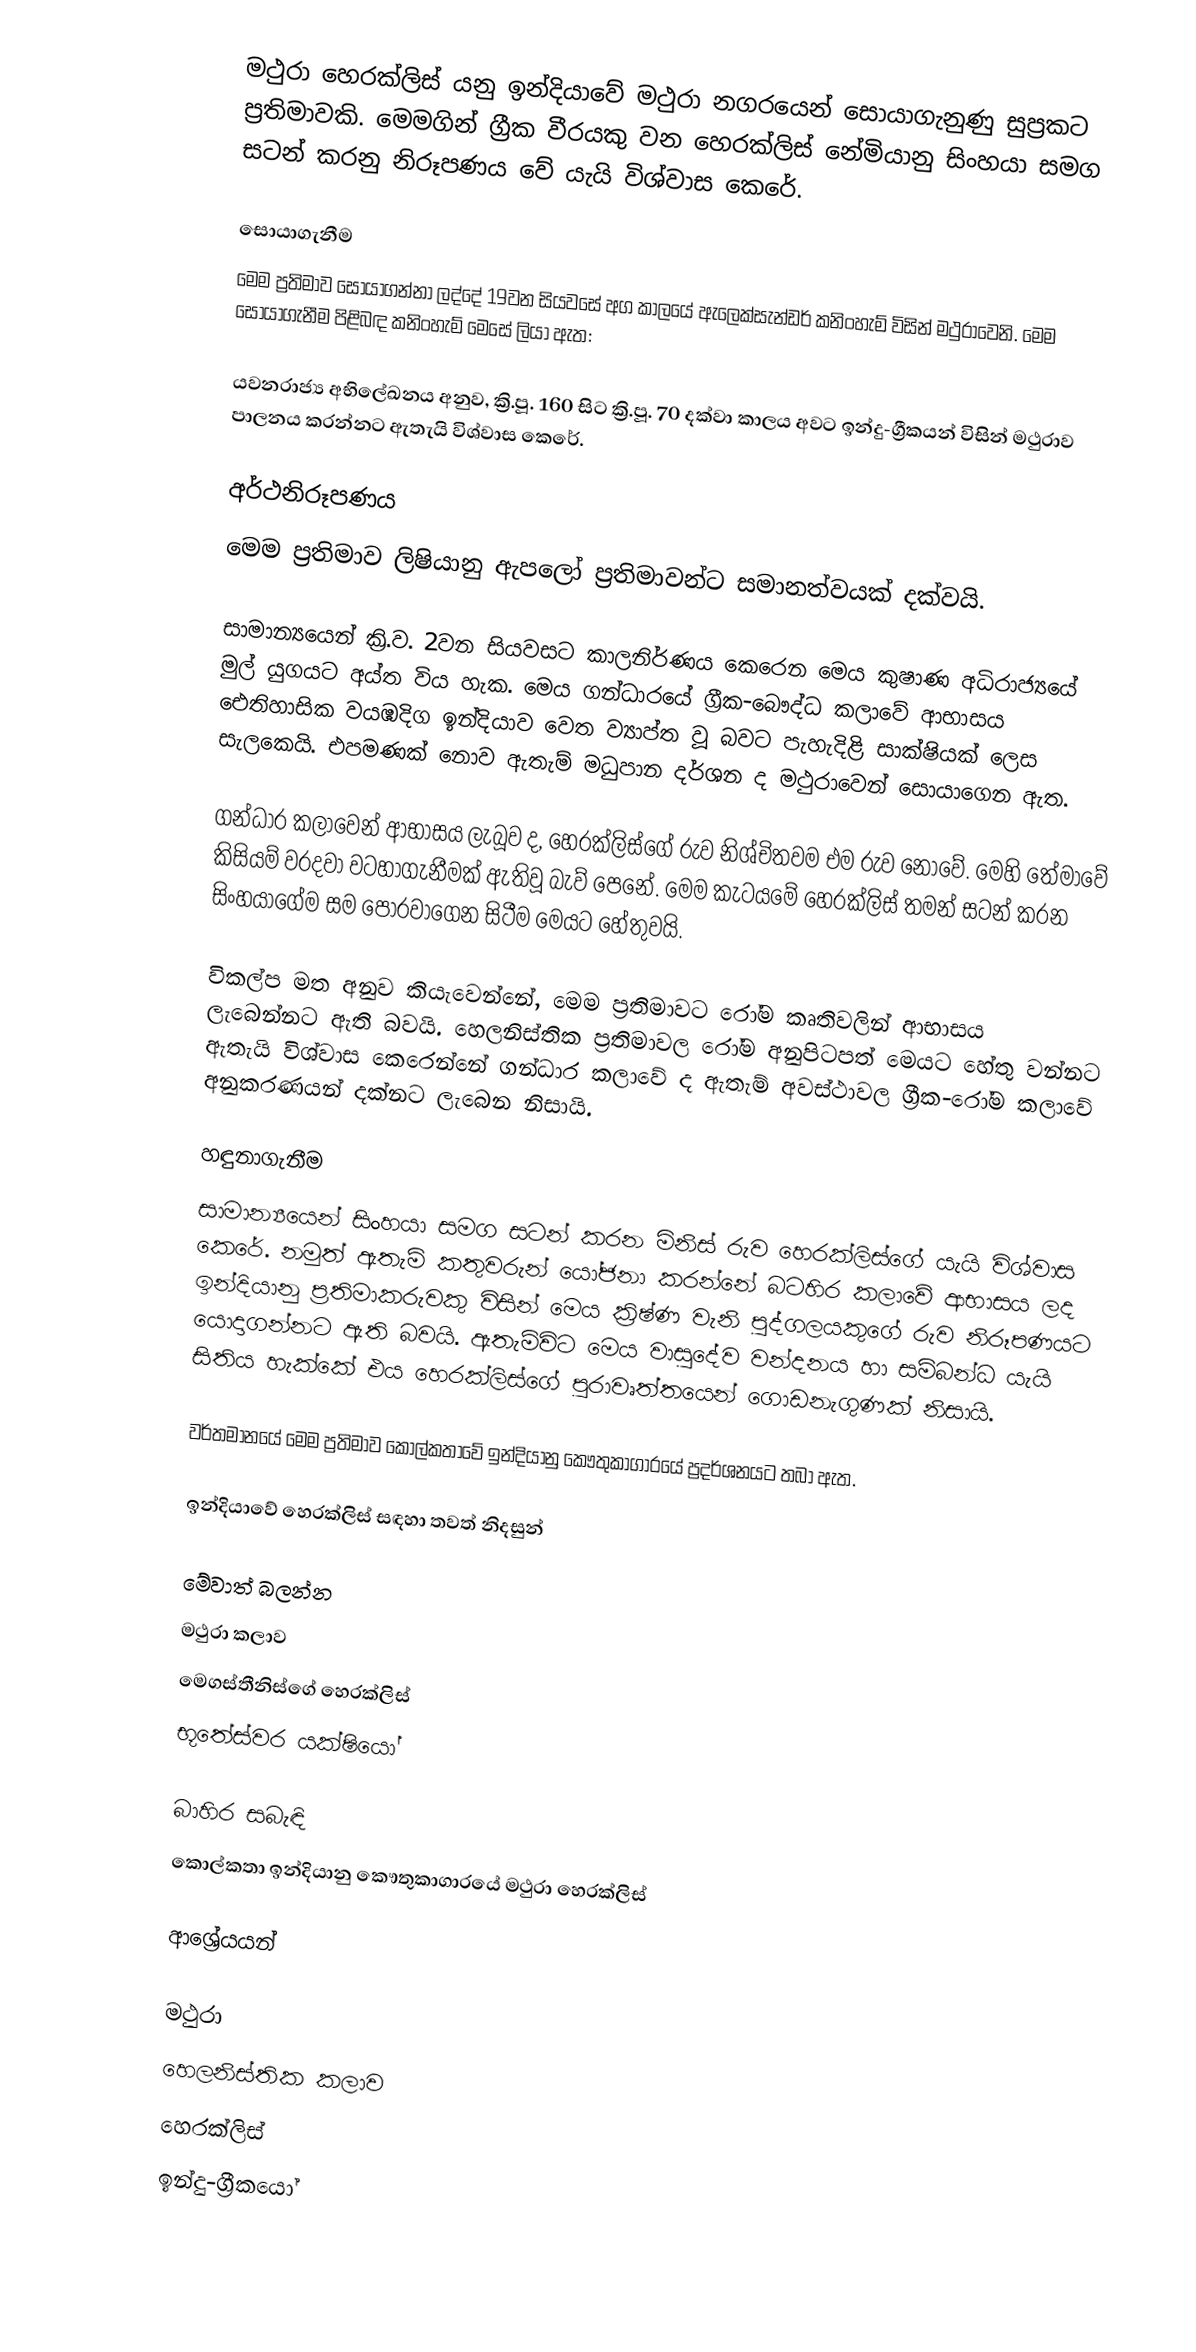
මථුරා හෙරක්ලිස් යනු ඉන්දියාවේ මථුරා නගරයෙන් සොයාගැනුණු සුප්‍රකට ප්‍රතිමාවකි. මෙමගින් ග්‍රීක වීරයකු වන හෙරක්ලිස් නේමියානු සිංහයා සමග සටන් කරනු නිරූපණය වේ යැයි විශ්වාස කෙරේ.

සොයාගැනීම
මෙම ප්‍රතිමාව සොයාගන්නා ලද්දේ 19වන සියවසේ අග කාලයේ ඇලෙක්සැන්ඩර් කනිංහැම් විසින් මථුරාවෙනි. මෙම සොයාගැනීම පිළිබඳ කනිංහැම් මෙසේ ලියා ඇත:

යවනරාජ්‍ය අභිලේඛනය අනුව, ක්‍රි.පූ. 160 සිට ක්‍රි.පූ. 70 දක්වා කාලය අවට ඉන්දු-ග්‍රීකයන් විසින් මථුරාව පාලනය කරන්නට ඇතැයි විශ්වාස කෙරේ.

අර්ථනිරූපණය
මෙම ප්‍රතිමාව ලිෂියානු ඇපලෝ ප්‍රතිමාවන්ට සමානත්වයක් දක්වයි.

සාමාන්‍යයෙන් ක්‍රි.ව. 2වන සියවසට කාලනිර්ණය කෙරෙන මෙය කුෂාණ අධිරාජ්‍යයේ මුල් යුගයට අය්ත විය හැක. මෙය ගන්ධාරයේ ග්‍රීක-බෞද්ධ කලාවේ ආභාසය ඓතිහාසික වයඹදිග ඉන්දියාව වෙත ව්‍යාප්ත වූ බවට පැහැදිළි සාක්ෂියක් ලෙස සැලකෙයි. එපමණක් නොව ඇතැම් මධුපාන දර්ශන ද මථුරාවෙන් සොයාගෙන ඇත.

ගන්ධාර කලාවෙන් ආභාසය ලැබූව ද, හෙරක්ලිස්ගේ රුව නිශ්චිතවම එම රුව නොවේ. මෙහි තේමාවේ කිසියම් වරදවා වටහාගැනීමක් ඇතිවූ බැව් පෙනේ. මෙම කැටයමේ හෙරක්ලිස් තමන් සටන් කරන සිංහයාගේම සම පොරවාගෙන සිටීම මෙයට හේතුවයි.

විකල්ප මත අනුව කියැවෙන්නේ, මෙම ප්‍රතිමාවට රෝම කෘතිවලින් ආභාසය ලැබෙන්නට ඇති බවයි. හෙලනිස්තික ප්‍රතිමාවල රෝම අනුපිටපත් මෙයට හේතු වන්නට ඇතැයි විශ්වාස කෙරෙන්නේ ගන්ධාර කලාවේ ද ඇතැම් අවස්ථාවල ග්‍රීක-රෝම කලාවේ අනුකරණයන් දක්නට ලැබෙන නිසායි.

හඳුනාගැනීම
සාමාන්‍යයෙන් සිංහයා සමග සටන් කරන මිනිස් රුව හෙරක්ලිස්ගේ යැයි විශ්වාස කෙරේ. නමුත් ඇතැම් කතුවරුන් යෝජනා කරන්නේ බටහිර කලාවේ ආභාසය ලද ඉන්දියානු ප්‍රතිමාකරුවකු විසින් මෙය ක්‍රිෂ්ණ වැනි පුද්ගලයකුගේ රුව නිරූපණයට යොදාගන්නට ඇති බවයි. ඇතැම්විට මෙය වාසුදේව වන්දනය හා සම්බන්ධ යැයි සිතිය හැක්කේ එය හෙරක්ලිස්ගේ පුරාවෘත්තයෙන් ගොඩනැගුණක් නිසායි.

වර්තමානයේ මෙම ප්‍රතිමාව කොල්කතාවේ ඉන්දියානු කෞතුකාගාරයේ ප්‍රදර්ශනයට තබා ඇත.

ඉන්දියාවේ හෙරක්ලිස් සඳහා තවත් නිදසුන්

මේවාත් බලන්න
 මථුරා කලාව
 මෙගස්තීනිස්ගේ හෙරක්ලිස්
 භූතේස්වර යක්ෂියෝ

බාහිර සබැඳි
 කොල්කතා ඉන්දියානු කෞතුකාගාරයේ මථුරා හෙරක්ලිස්

ආශ්‍රේයයන්

මථුරා
හෙලනිස්තික කලාව
හෙරක්ලිස්
ඉන්දු-ග්‍රීකයෝ